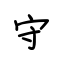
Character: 守